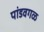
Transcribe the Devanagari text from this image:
पांडवगळ